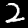
Digit: 2